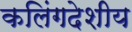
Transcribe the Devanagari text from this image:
कलिंगदेशीय